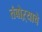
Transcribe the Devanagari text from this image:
तंबोऱ्याचे